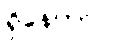
ရှိနေတာပါ။